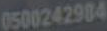
0500242984